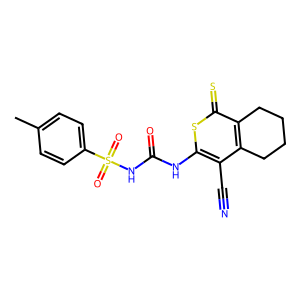
SMILES: Cc1ccc(S(=O)(=O)NC(=O)Nc2sc(=S)c3c(c2C#N)CCCC3)cc1
Inhibits HIV replication: No